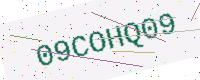
Text: 09COHQ09